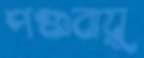
পঞ্চবায়ু